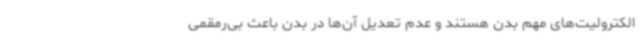
الکترولیت‌های مهم بدن هستند و عدم تعدیل آن‌ها در بدن باعث بی‌رمقمی